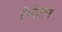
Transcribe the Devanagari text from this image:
ऐमेज़ॉन